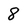
Character: 8